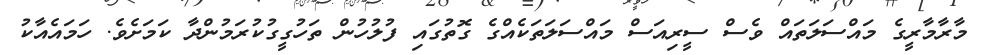
މާރާމާރީގެ މައްސަލަތައް ވެސް ސީރިއަސް މައްސަލަތަކެއްގެ ގޮތުގައި ފުލުހުން ތަހުގީގުކުރަމުންދާ ކަމަށެެވެ. ހަމައެއާކު